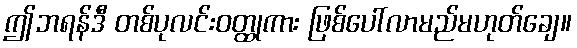
ဤဘရန်ဒီ တစ်ပုလင်းဝတ္ထုကား ဖြစ်ပေါ်လာမည်မဟုတ်ချေ။